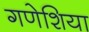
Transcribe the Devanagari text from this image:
गणेशिया